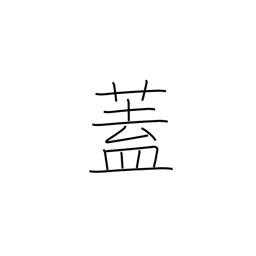
Meaning: flap